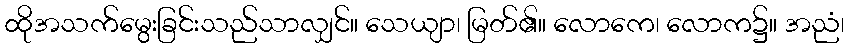
ထိုအသက်မွေးခြင်းသည်သာလျှင်။ သေယျာ၊ မြတ်၏။ လောကေ၊ လောက၌။ အညံ၊